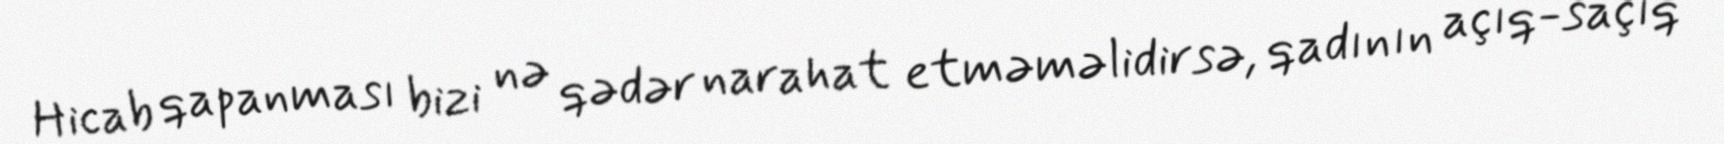
Hicab qapanması bizi nə qədər narahat etməməlidirsə, qadının açıq-saçıq